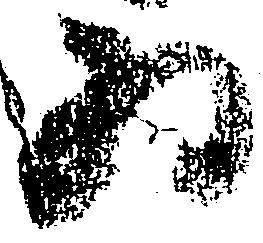
為